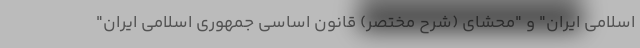
اسلامی ایران" و "محشای (شرح مختصر) قانون اساسی جمهوری اسلامی ایران"